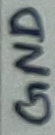
Text: GND